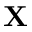
\mathbf { X }